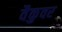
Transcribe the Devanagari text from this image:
वैकुवर